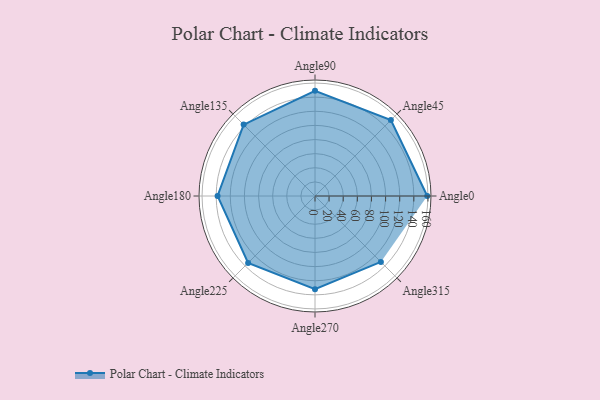
{"axis": {"x": "Angle", "y": "Radius"}, "legend": [""], "data": [{"x": "Angle0", "y": 159.0, "type": ""}, {"x": "Angle45", "y": 152.0, "type": ""}, {"x": "Angle90", "y": 149.0, "type": ""}, {"x": "Angle135", "y": 143.0, "type": ""}, {"x": "Angle180", "y": 138.0, "type": ""}, {"x": "Angle225", "y": 134.0, "type": ""}, {"x": "Angle270", "y": 132.0, "type": ""}, {"x": "Angle315", "y": 132.0, "type": ""}]}